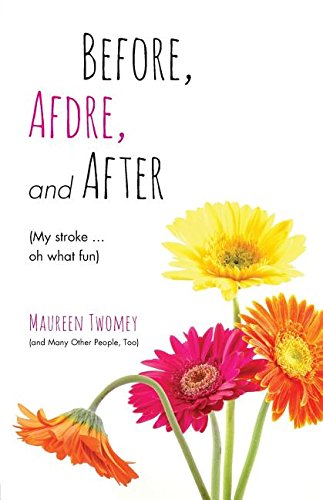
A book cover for Before, Afdre, and After (My stroke . . . oh what fun); Maureen Twomey; Health, Fitness & Dieting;